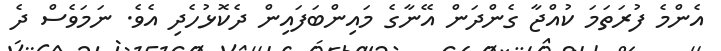
އެންމެ ފުރަތަމަ ކުއްޖާ ގެންދަން އޭނާގެ މައިންބަފައިން ދެކޮޅުހެދި އެވެ. ނަމަވެސް ދެ